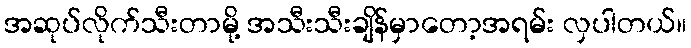
အဆုပ်လိုက်သီးတာမို့ အသီးသီးချိန်မှာတော့အရမ်း လှပါတယ်။